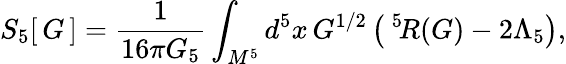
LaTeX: S_{5}[\, G\, ]=\frac 1{16\pi G_{5}}\int_{M^{5}}d^{5}x\, G^{1/2}\left(\, \vphantom{I}^{5}\! R(G)-2\Lambda_{5}\right),